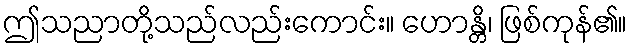
ဤသညာတို့သည်လည်းကောင်း။ ဟောန္တိ၊ ဖြစ်ကုန်၏။